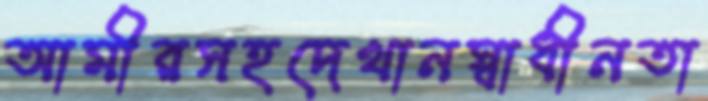
আমীরসহদেখানস্বাধীনতা